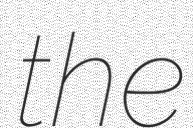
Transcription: the